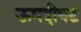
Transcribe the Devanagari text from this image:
ऊमदीवट